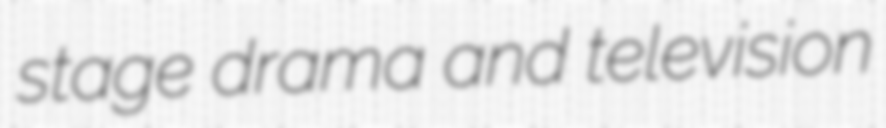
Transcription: stage drama and television